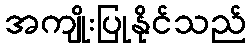
အကျိုးပြုနိုင်သည်